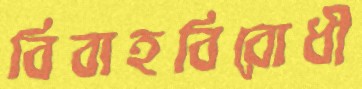
বিবাহবিরোধী